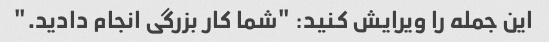
این جمله را ویرایش کنید: "شما کار بزرگی انجام دادید."